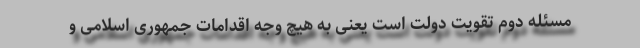
مسئله دوم تقویت دولت است یعنی به هیچ وجه اقدامات جمهوری اسلامی و